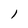
Character: l